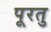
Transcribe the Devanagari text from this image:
पूरतु